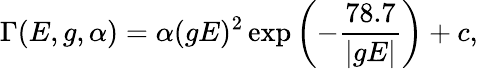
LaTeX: \Gamma(E,g,\alpha)=\alpha(gE)^{2}\exp{\left(-\frac{78.7}{\vert gE\vert}\right)}+c,